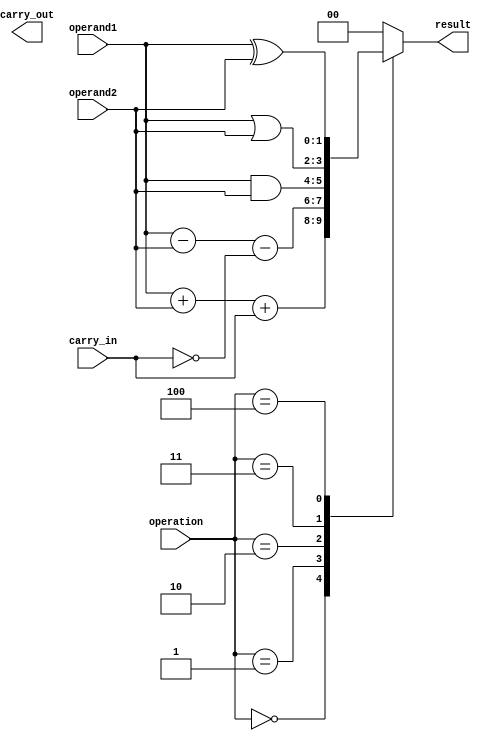
module ALU (
    input [1:0] operand1,
    input [1:0] operand2,
    input [2:0] operation,
    input carry_in,
    output [1:0] result,
    output carry_out
);

reg [1:0] result;
reg carry_out;

always @ (operand1, operand2, operation, carry_in) begin
    case(operation)
        3'b000: result = operand1 + operand2 + carry_in;
        3'b001: result = operand1 - operand2 - ~carry_in;
        3'b010: result = operand1 & operand2;
        3'b011: result = operand1 | operand2;
        3'b100: result = operand1 ^ operand2;
        default: result = 2'b00;
    endcase

    carry_out = result[2];
end

endmodule